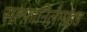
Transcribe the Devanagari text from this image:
सल्फ़ानिलैमाइड